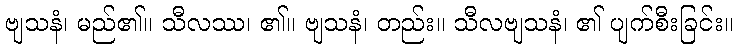
ဗျသနံ၊ မည်၏။ သီလဿ၊ ၏။ ဗျသနံ၊ တည်း။ သီလဗျသနံ၊ ၏ ပျက်စီးခြင်း။